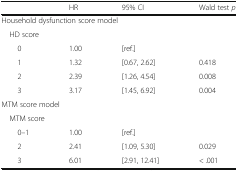
<table><thead><tr><td></td><td><b>HR</b></td><td><b>95% CI</b></td><td><b>Wald test <i>p</i></b></td></tr></thead><tbody><tr><td colspan="4">Household dysfunction score model</td></tr><tr><td colspan="4"> HD score</td></tr><tr><td>0</td><td>1.00</td><td>[ref.]</td><td></td></tr><tr><td>1</td><td>1.32</td><td>[0.67, 2.62]</td><td>0.418</td></tr><tr><td>2</td><td>2.39</td><td>[1.26, 4.54]</td><td>0.008</td></tr><tr><td>3</td><td>3.17</td><td>[1.45, 6.92]</td><td>0.004</td></tr><tr><td colspan="4">MTM score model</td></tr><tr><td colspan="4"> MTM score</td></tr><tr><td>0–1</td><td>1.00</td><td>[ref.]</td><td></td></tr><tr><td>2</td><td>2.41</td><td>[1.09, 5.30]</td><td>0.029</td></tr><tr><td>3</td><td>6.01</td><td>[2.91, 12.41]</td><td>&lt; .001</td></tr></tbody></table>